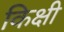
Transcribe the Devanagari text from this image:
किक्षी